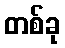
တစ်ခု